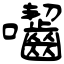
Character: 囓